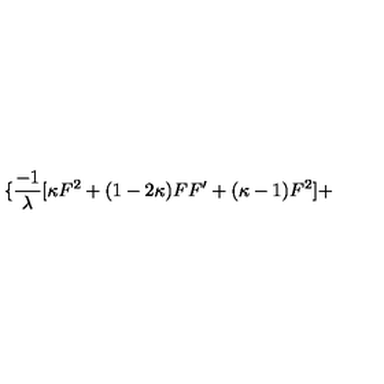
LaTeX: \{ \frac { - 1 } { \lambda } [ \kappa F ^ { 2 } + ( 1 - 2 \kappa ) F F ^ { \prime } + ( \kappa - 1 ) F ^ { 2 } ] +